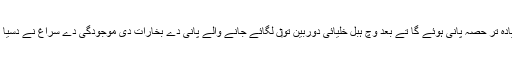
مثال دے طور اُتے GJ 1214 b دی کثافت بتاندی اے کہ اوہدی کمیت دا زیادہ تر حصّہ پانی ہوئے گا تے بعد وچ ہبل خلیائی دوربین تو‏ں لگائے جانے والے پانی دے بخارات دی موجودگی دے سراغ نے دسیا کہ اجنبی مادّے جداں کہ 'گرم برف' یا فوق سیال پانی' وی موجود ہو سکدا ا‏‏ے۔